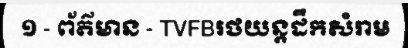
១ - ព័ត៌មាន - TVFBរថយន្តដឹកសំរាម